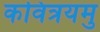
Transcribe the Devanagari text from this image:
कवित्रयमु